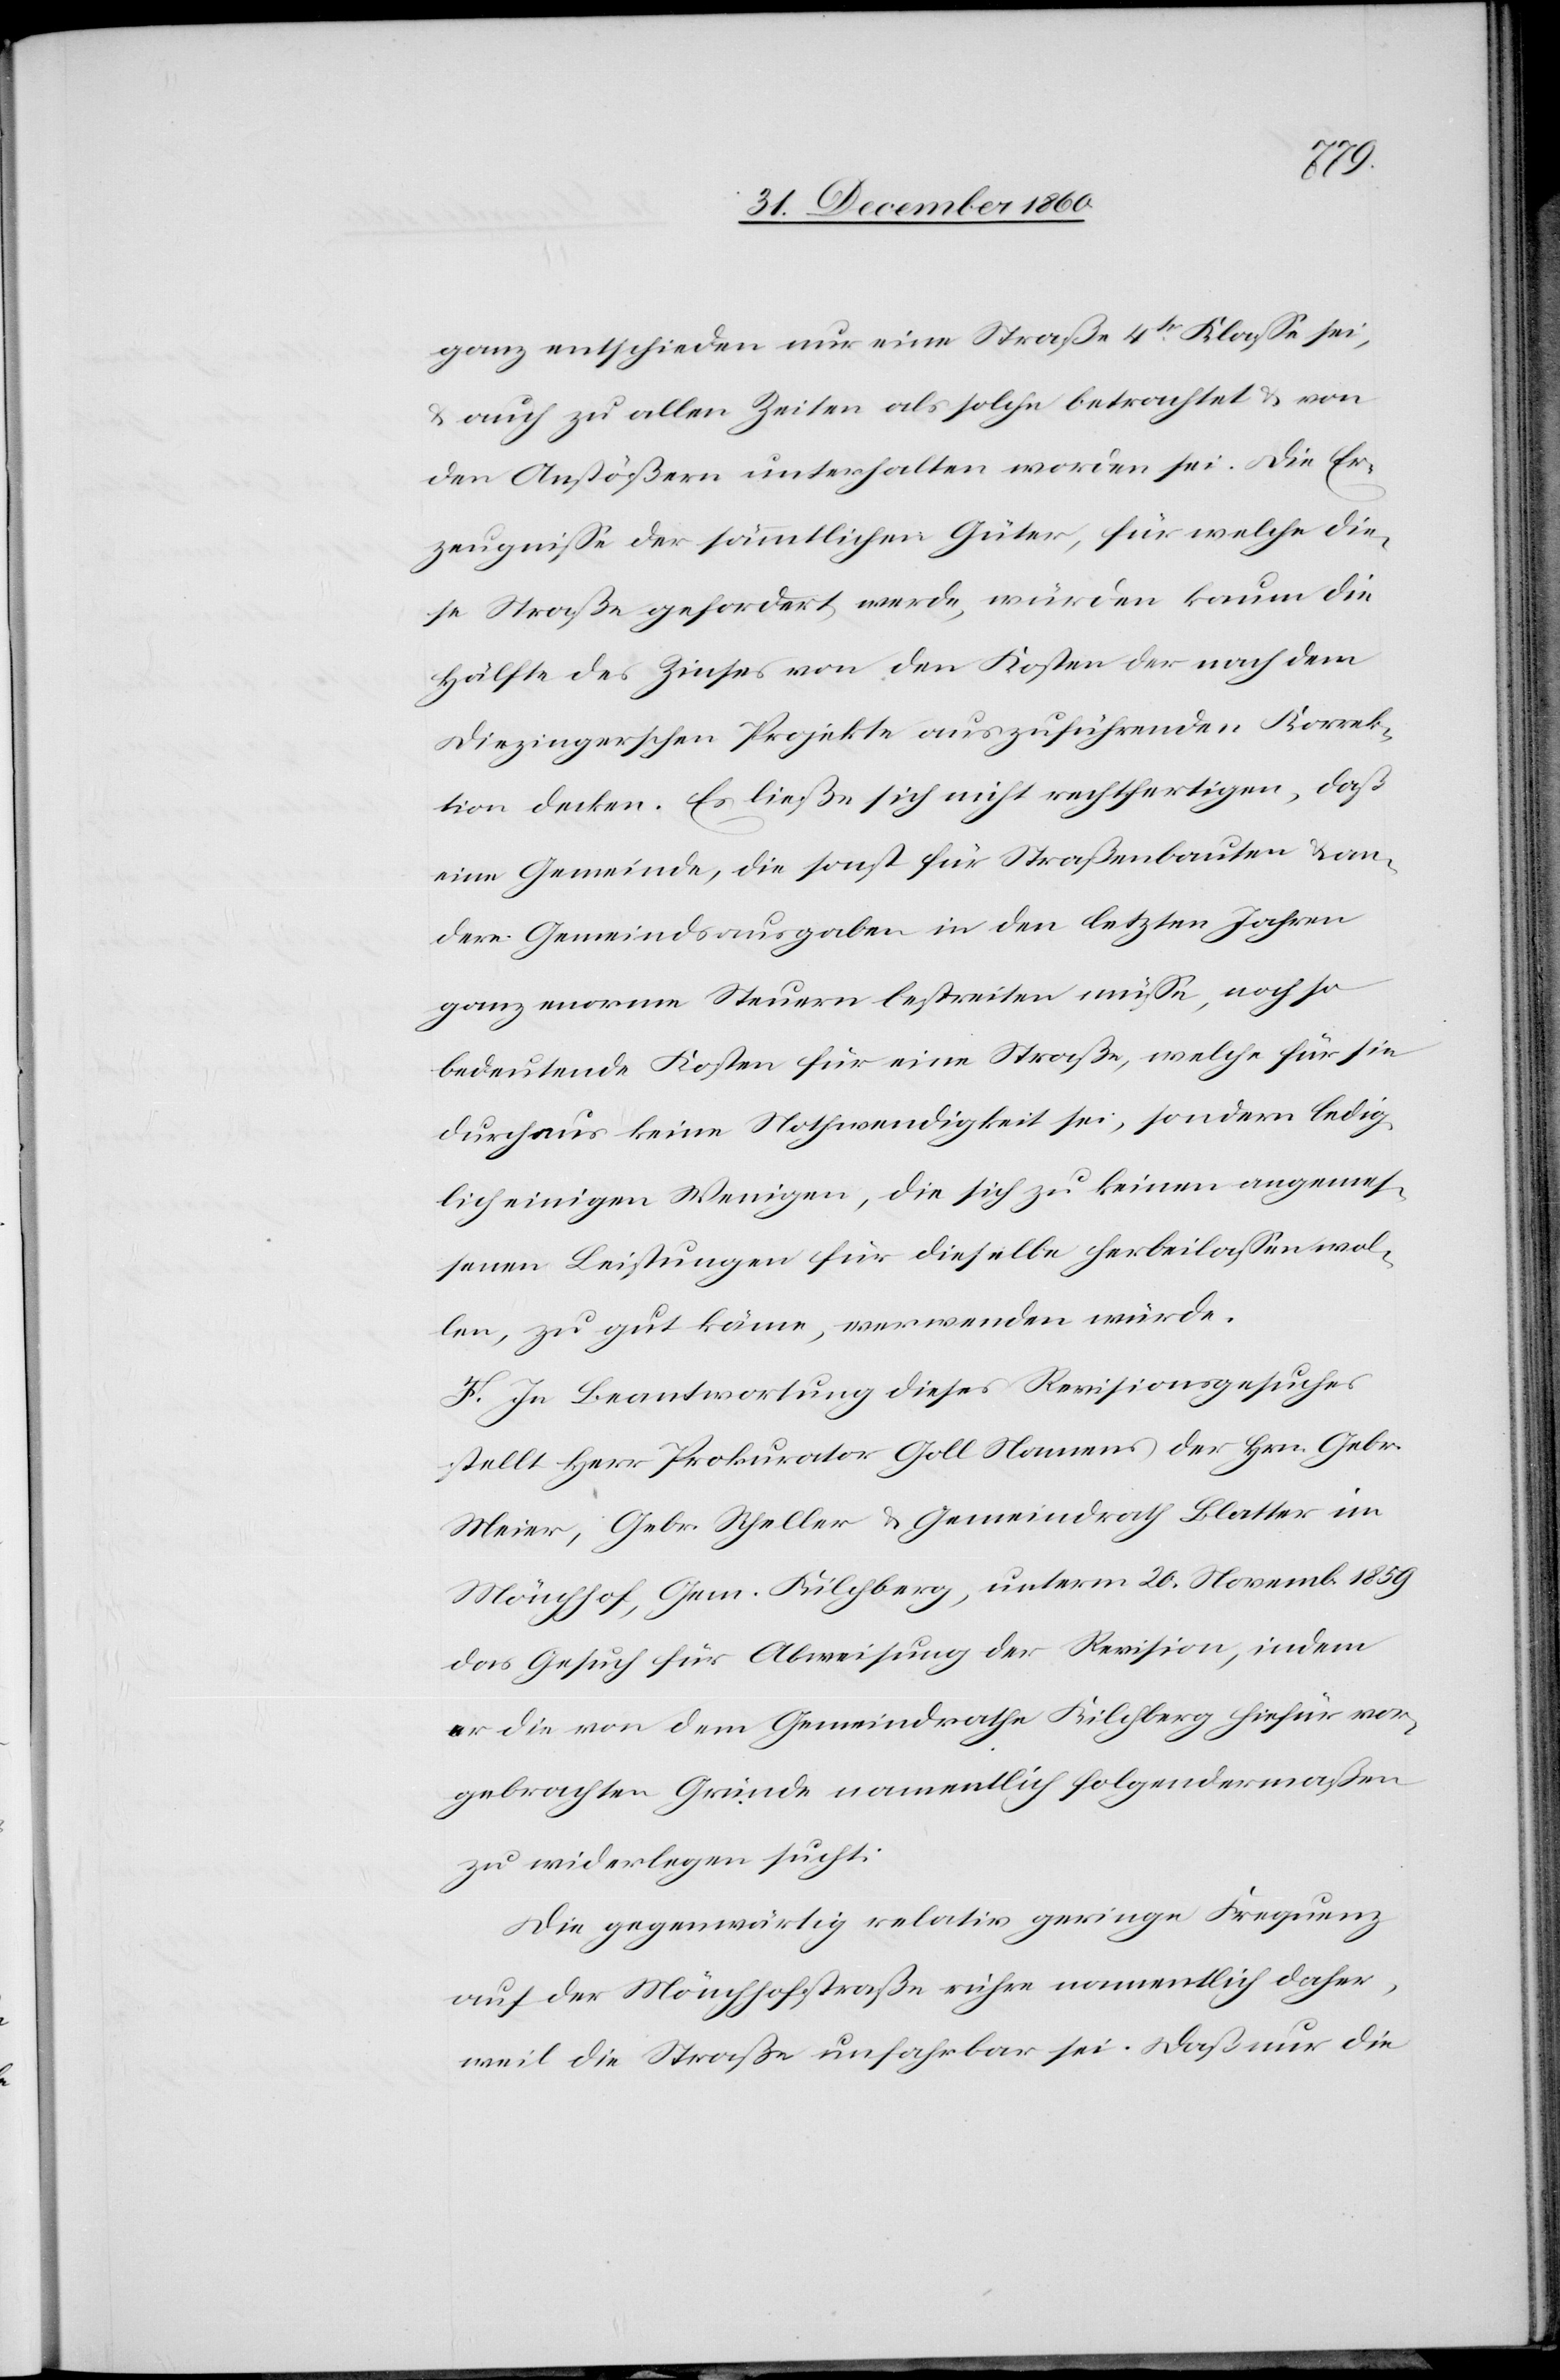
ganz entschieden nur eine Straße 4tr Klasse sei,
u. auch zu allen Zeiten als solche betrachtet u. von
den Anstößern unterhalten worden sei. Die Er¬
zeugnisse der sämmtlichen Güter, für welche die¬
se Straße gefordert werde, würden kaum die
Hälfte des Zinses von den Kosten der nach dem
Diezingerschen Projekte auszuführenden Korrek¬
tion decken. Es ließe sich nicht rechtfertigen, daß
eine Gemeinde, die sonst für Straßenbauten u. an¬
dere Gemeindsausgaben in den letzten Jahren
ganz enorme Steuern bestreiten müsse, noch so
bedeutende Kosten für eine Straße, welche für sie
durchaus keine Nothwendigkeit sei, sondern ledig¬
lich einigen Wenigen, die sich zu keinen angemes¬
senen Leistungen für dieselbe herbeilassen wol¬
len, zu gut käme, verwenden würde.
F. In Beantwortung dieses Revisionsgesuches
stellt Herr Prokurator Goll Namens der Hrn. Gebr.
Meier, Gebr. Scheller u. Gemeindrath Blatter im
Mönchhof, Gem. Kilchberg, unterm 20. Novemb. 1859
das Gesuch für Abweisung der Revision, indem
er die von dem Gemeindrathe Kilchberg hiefür vor¬
gebrachten Gründe namentlich folgendermaßen
zu widerlegen sucht:
Die gegenwärtig relativ geringe Frequenz
auf der Mönchhofstraße rühre namentlich daher,
weil die Straße unfahrbar sei. Daß nur die